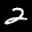
Label: 2